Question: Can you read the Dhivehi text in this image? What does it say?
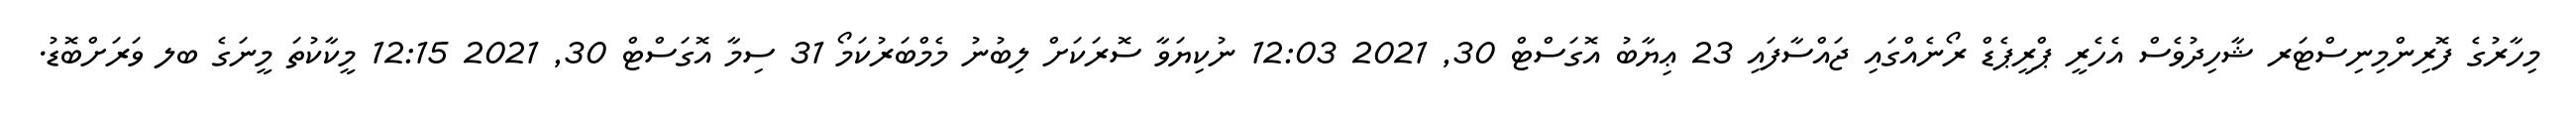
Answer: މިހާރުގެ ފޮރިންމިނިސްޓަރ ޝާހިދުވެސް އެހެރީ ޕްރީޕެޑް ރޯނެއްގައި ޖައްސާފައި 23 ޢިޔާބު އޮގަސްޓް 30, 2021 12:03 ނުކިޔަވާ ސޮރަކަށް ލިބުނު މެމްބަރުކަމޯ 31 ސިމާ އޮގަސްޓް 30, 2021 12:15 މީކާކުތަ މީނަގެ ބލ ވަރަށްބޮޑު.